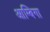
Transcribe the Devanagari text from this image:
आम्बिगा